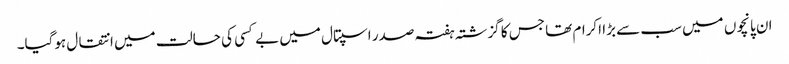
ان پانچوں میں سب سے بڑا اکرام تھا جس کا گزشتہ ہفتہ صدر اسپتال میں بے کسی کی حالت میں انتقال ہوگیا۔